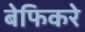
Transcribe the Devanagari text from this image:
बेफिकरे